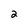
Character: 2